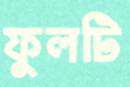
ফুলটি